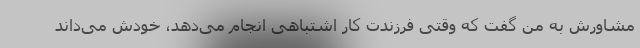
مشاورش به من گفت که وقتی فرزندت کار اشتباهی انجام می‌دهد، خودش می‌داند